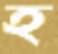
হ